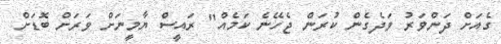
ގެއަށް ދަންވަރު ވަދެގެން ކުރަން ޖެހޭނެ ކަމެއް" ރައީސް ޔާމީނަށް ވަރަށް ބޮޑަށް